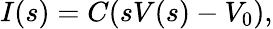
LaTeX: I(s)=C(sV(s)-V_{0}),